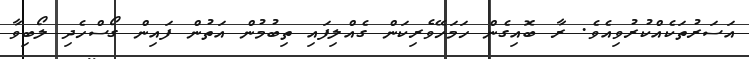
އަސަރުތަކެއްކުރުވިއެވެ. ރާ ބޮއިގެން ހަމަހޭވެރިކަން ގެއްލިފައި ތިބުމުން އަތުން ފައިން ގޯސްހެދި ލޯބިވާ